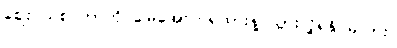
ဈေးဝယ်စင်တာကို မြေအောက်ရထားနဲ့ သွားလို့ရနိုင်မလား။